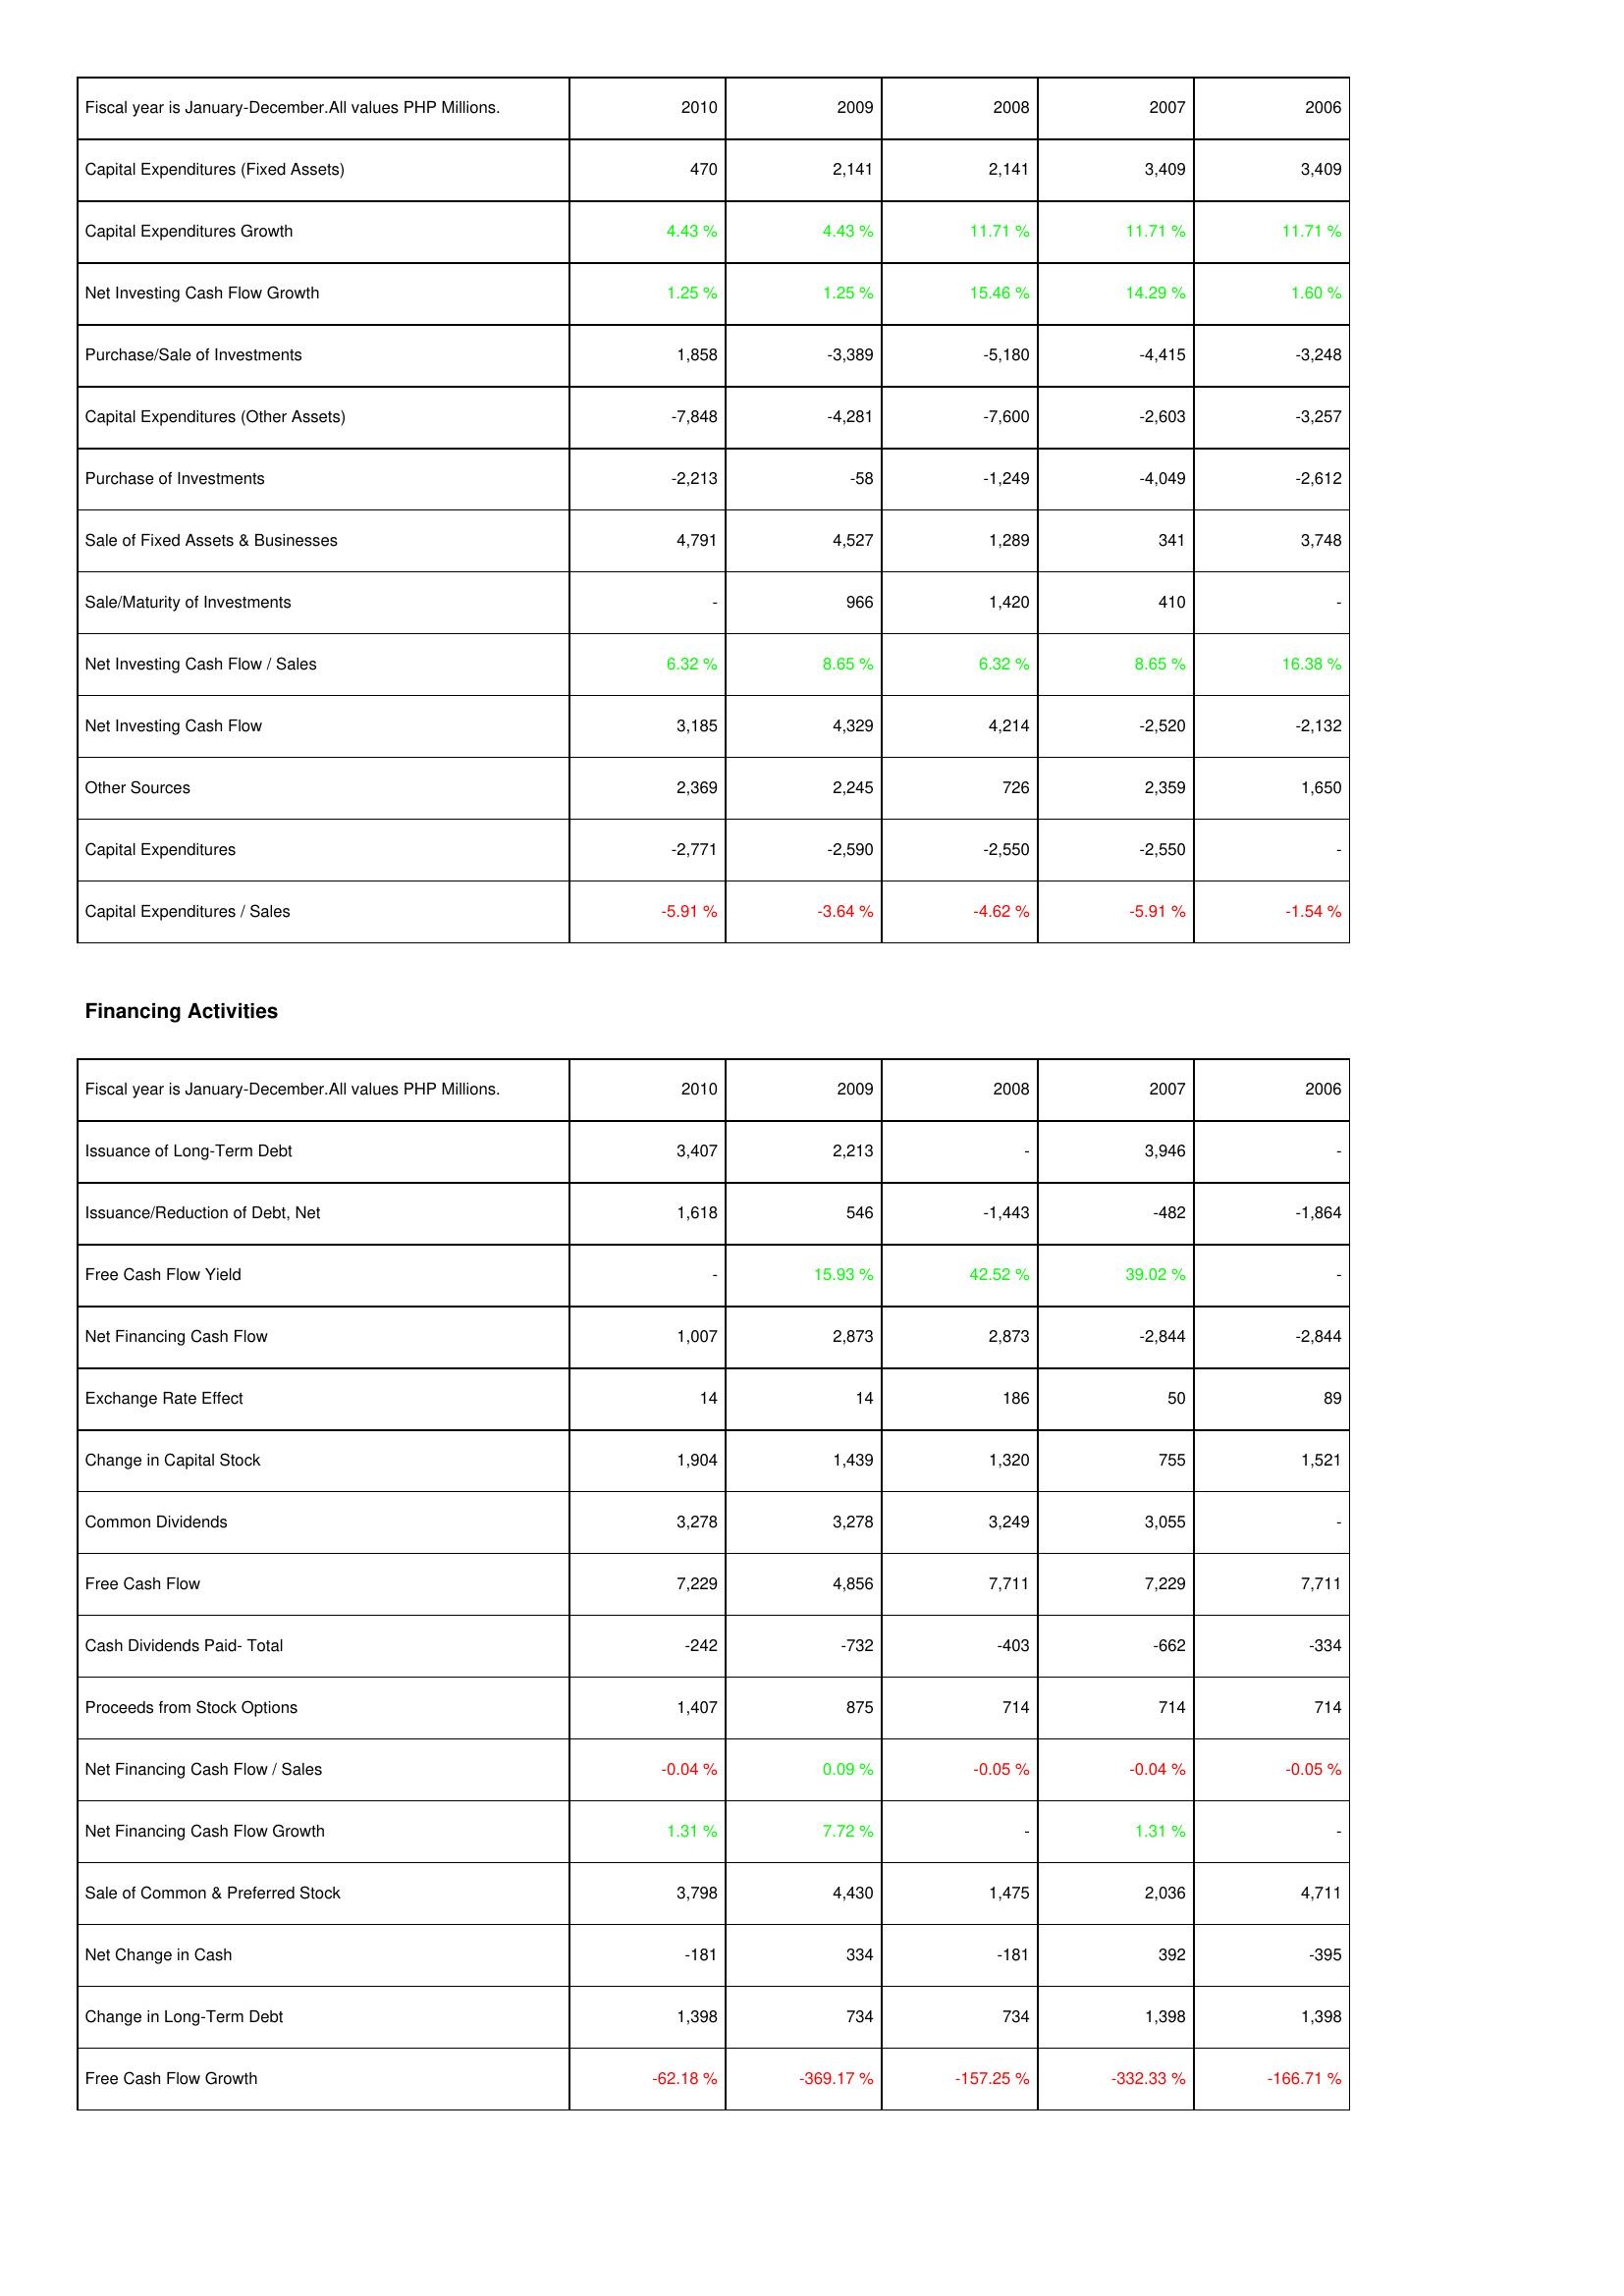
2010: Investing Activities: Capital Expenditures (Fixed Assets): 470
Capital Expenditures Growth: 4.43 %
Net Investing Cash Flow Growth: 1.25 %
Purchase/Sale of Investments: 1,858
Capital Expenditures (Other Assets): -7,848
Purchase of Investments: -2,213
Sale of Fixed Assets & Businesses: 4,791
Sale/Maturity of Investments: -
Net Investing Cash Flow / Sales: 6.32 %
Net Investing Cash Flow: 3,185
Other Sources: 2,369
Capital Expenditures: -2,771
Capital Expenditures / Sales: -5.91 %
Financing Activities: Issuance of Long-Term Debt: 3,407
Issuance/Reduction of Debt, Net: 1,618
Free Cash Flow Yield: -
Net Financing Cash Flow: 1,007
Exchange Rate Effect: 14
Change in Capital Stock: 1,904
Common Dividends: 3,278
Free Cash Flow: 7,229
Cash Dividends Paid- Total: -242
Proceeds from Stock Options: 1,407
Net Financing Cash Flow / Sales: -0.04 %
Net Financing Cash Flow Growth: 1.31 %
Sale of Common & Preferred Stock: 3,798
Net Change in Cash: -181
Change in Long-Term Debt: 1,398
Free Cash Flow Growth: -62.18 %
2009: Investing Activities: Capital Expenditures (Fixed Assets): 2,141
Capital Expenditures Growth: 4.43 %
Net Investing Cash Flow Growth: 1.25 %
Purchase/Sale of Investments: -3,389
Capital Expenditures (Other Assets): -4,281
Purchase of Investments: -58
Sale of Fixed Assets & Businesses: 4,527
Sale/Maturity of Investments: 966
Net Investing Cash Flow / Sales: 8.65 %
Net Investing Cash Flow: 4,329
Other Sources: 2,245
Capital Expenditures: -2,590
Capital Expenditures / Sales: -3.64 %
Financing Activities: Issuance of Long-Term Debt: 2,213
Issuance/Reduction of Debt, Net: 546
Free Cash Flow Yield: 15.93 %
Net Financing Cash Flow: 2,873
Exchange Rate Effect: 14
Change in Capital Stock: 1,439
Common Dividends: 3,278
Free Cash Flow: 4,856
Cash Dividends Paid- Total: -732
Proceeds from Stock Options: 875
Net Financing Cash Flow / Sales: 0.09 %
Net Financing Cash Flow Growth: 7.72 %
Sale of Common & Preferred Stock: 4,430
Net Change in Cash: 334
Change in Long-Term Debt: 734
Free Cash Flow Growth: -369.17 %
2008: Investing Activities: Capital Expenditures (Fixed Assets): 2,141
Capital Expenditures Growth: 11.71 %
Net Investing Cash Flow Growth: 15.46 %
Purchase/Sale of Investments: -5,180
Capital Expenditures (Other Assets): -7,600
Purchase of Investments: -1,249
Sale of Fixed Assets & Businesses: 1,289
Sale/Maturity of Investments: 1,420
Net Investing Cash Flow / Sales: 6.32 %
Net Investing Cash Flow: 4,214
Other Sources: 726
Capital Expenditures: -2,550
Capital Expenditures / Sales: -4.62 %
Financing Activities: Issuance of Long-Term Debt: -
Issuance/Reduction of Debt, Net: -1,443
Free Cash Flow Yield: 42.52 %
Net Financing Cash Flow: 2,873
Exchange Rate Effect: 186
Change in Capital Stock: 1,320
Common Dividends: 3,249
Free Cash Flow: 7,711
Cash Dividends Paid- Total: -403
Proceeds from Stock Options: 714
Net Financing Cash Flow / Sales: -0.05 %
Net Financing Cash Flow Growth: -
Sale of Common & Preferred Stock: 1,475
Net Change in Cash: -181
Change in Long-Term Debt: 734
Free Cash Flow Growth: -157.25 %
2007: Investing Activities: Capital Expenditures (Fixed Assets): 3,409
Capital Expenditures Growth: 11.71 %
Net Investing Cash Flow Growth: 14.29 %
Purchase/Sale of Investments: -4,415
Capital Expenditures (Other Assets): -2,603
Purchase of Investments: -4,049
Sale of Fixed Assets & Businesses: 341
Sale/Maturity of Investments: 410
Net Investing Cash Flow / Sales: 8.65 %
Net Investing Cash Flow: -2,520
Other Sources: 2,359
Capital Expenditures: -2,550
Capital Expenditures / Sales: -5.91 %
Financing Activities: Issuance of Long-Term Debt: 3,946
Issuance/Reduction of Debt, Net: -482
Free Cash Flow Yield: 39.02 %
Net Financing Cash Flow: -2,844
Exchange Rate Effect: 50
Change in Capital Stock: 755
Common Dividends: 3,055
Free Cash Flow: 7,229
Cash Dividends Paid- Total: -662
Proceeds from Stock Options: 714
Net Financing Cash Flow / Sales: -0.04 %
Net Financing Cash Flow Growth: 1.31 %
Sale of Common & Preferred Stock: 2,036
Net Change in Cash: 392
Change in Long-Term Debt: 1,398
Free Cash Flow Growth: -332.33 %
2006: Investing Activities: Capital Expenditures (Fixed Assets): 3,409
Capital Expenditures Growth: 11.71 %
Net Investing Cash Flow Growth: 1.60 %
Purchase/Sale of Investments: -3,248
Capital Expenditures (Other Assets): -3,257
Purchase of Investments: -2,612
Sale of Fixed Assets & Businesses: 3,748
Sale/Maturity of Investments: -
Net Investing Cash Flow / Sales: 16.38 %
Net Investing Cash Flow: -2,132
Other Sources: 1,650
Capital Expenditures: -
Capital Expenditures / Sales: -1.54 %
Financing Activities: Issuance of Long-Term Debt: -
Issuance/Reduction of Debt, Net: -1,864
Free Cash Flow Yield: -
Net Financing Cash Flow: -2,844
Exchange Rate Effect: 89
Change in Capital Stock: 1,521
Common Dividends: -
Free Cash Flow: 7,711
Cash Dividends Paid- Total: -334
Proceeds from Stock Options: 714
Net Financing Cash Flow / Sales: -0.05 %
Net Financing Cash Flow Growth: -
Sale of Common & Preferred Stock: 4,711
Net Change in Cash: -395
Change in Long-Term Debt: 1,398
Free Cash Flow Growth: -166.71 %